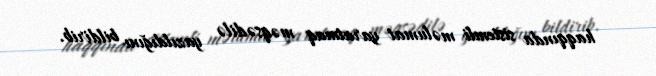
haqqında sistemli məlumat yaratmaq məqsədilə yazıldığını bildirib.